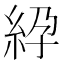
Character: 𥿱